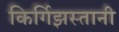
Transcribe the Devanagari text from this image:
किर्गिझस्तानी